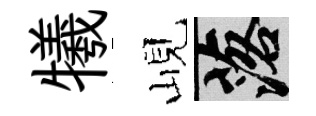
犧峴落